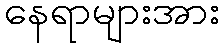
နေရာများအား